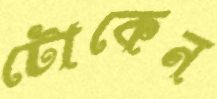
টোকেন